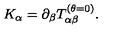
K _ { \alpha } = \partial _ { \beta } T _ { \alpha \beta } ^ { ( \theta = 0 ) } .